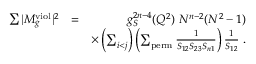
\begin{array} { r l r } { \sum \vert M _ { g } ^ { \mathrm { v i o l } } \vert ^ { 2 } } & { = } & { g _ { S } ^ { 2 n - 4 } ( Q ^ { 2 } ) ~ N ^ { n - 2 } ( N ^ { 2 } - 1 ) } \\ & { } & { \times \left( \sum _ { i < j } \right) \left( \sum _ { \mathrm { p e r m } } \frac { 1 } { S _ { 1 2 } S _ { 2 3 } S _ { n 1 } } \right) \frac { 1 } { S _ { 1 2 } } ~ . } \end{array}